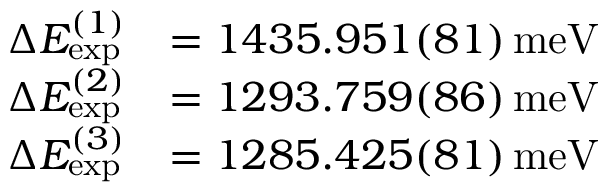
\begin{array} { r l } { \Delta E _ { \mathrm { e x p } } ^ { ( 1 ) } } & { = 1 4 3 5 . 9 5 1 ( 8 1 ) \, \mathrm { m e V } } \\ { \Delta E _ { \mathrm { e x p } } ^ { ( 2 ) } } & { = 1 2 9 3 . 7 5 9 ( 8 6 ) \, \mathrm { m e V } } \\ { \Delta E _ { \mathrm { e x p } } ^ { ( 3 ) } } & { = 1 2 8 5 . 4 2 5 ( 8 1 ) \, \mathrm { m e V } } \end{array}